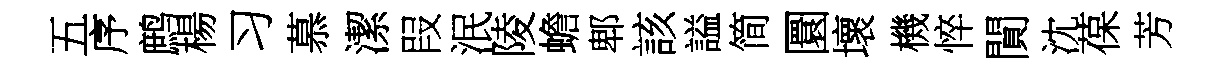
五序鹧楊习慕潔叚泯陵蟾郫該謚简圜壞機悴閴沈葆芳